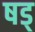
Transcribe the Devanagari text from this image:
षड्‍